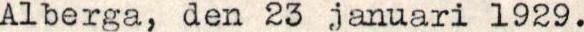
Alberga, den 23 januari 1929.